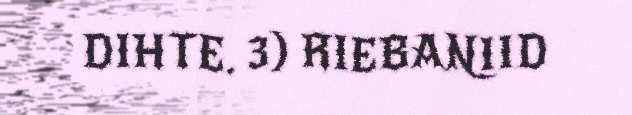
DIHTE. 3) RIEBANIID